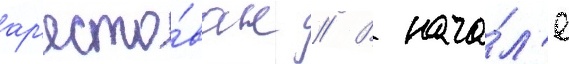
ар'есто́ван // В нача́л'е